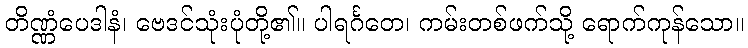
တိဏ္ဏံပေဒါနံ၊ ဗေဒင်သုံးပုံတို့၏။ ပါရင်္ဂတေ၊ ကမ်းတစ်ဖက်သို့ ရောက်ကုန်သော။